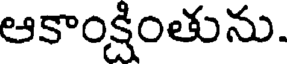
ఆకాంక్షింతును.